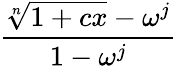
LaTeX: {\frac{\root n\of{1+cx}-\omega^{j}}{1-\omega^{j}}}